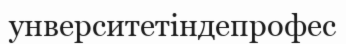
унверситетіндепрофес